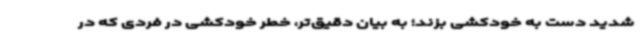
شدید دست به خودکشی بزند؛ به بیان دقیق‌تر، خطر خودکشی در فردی که در